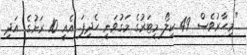
"މިހާރުވެސް 49 ކިލޯ މީޓަރުގެ މަގުވަނީ ހެދިފަ. އެއީ 10 ރަށުގެ. އަދި